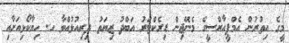
މީގެ އިތުރުން އެމްޕީއާރްސީގެ މެނޭޖިން ޑިރެކްޓަރު އަބްދު ޒިޔަތު ދިރިއުޅުއްްވާ ހ. ހިޔާކޯޅިއަށާއި